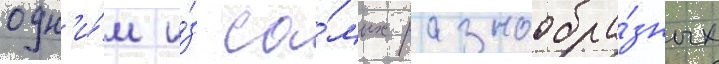
одн'и́м и́з са́мых разнообра́зных